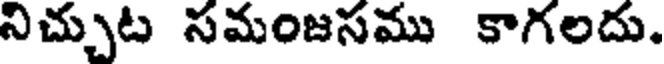
నిచ్చుట సమంజసము కాగలదు.